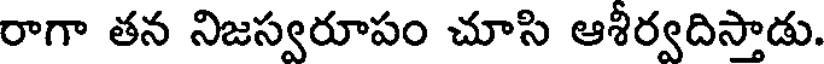
రాగా తన నిజస్వరూపం చూసి ఆశీర్వదిస్తాడు.